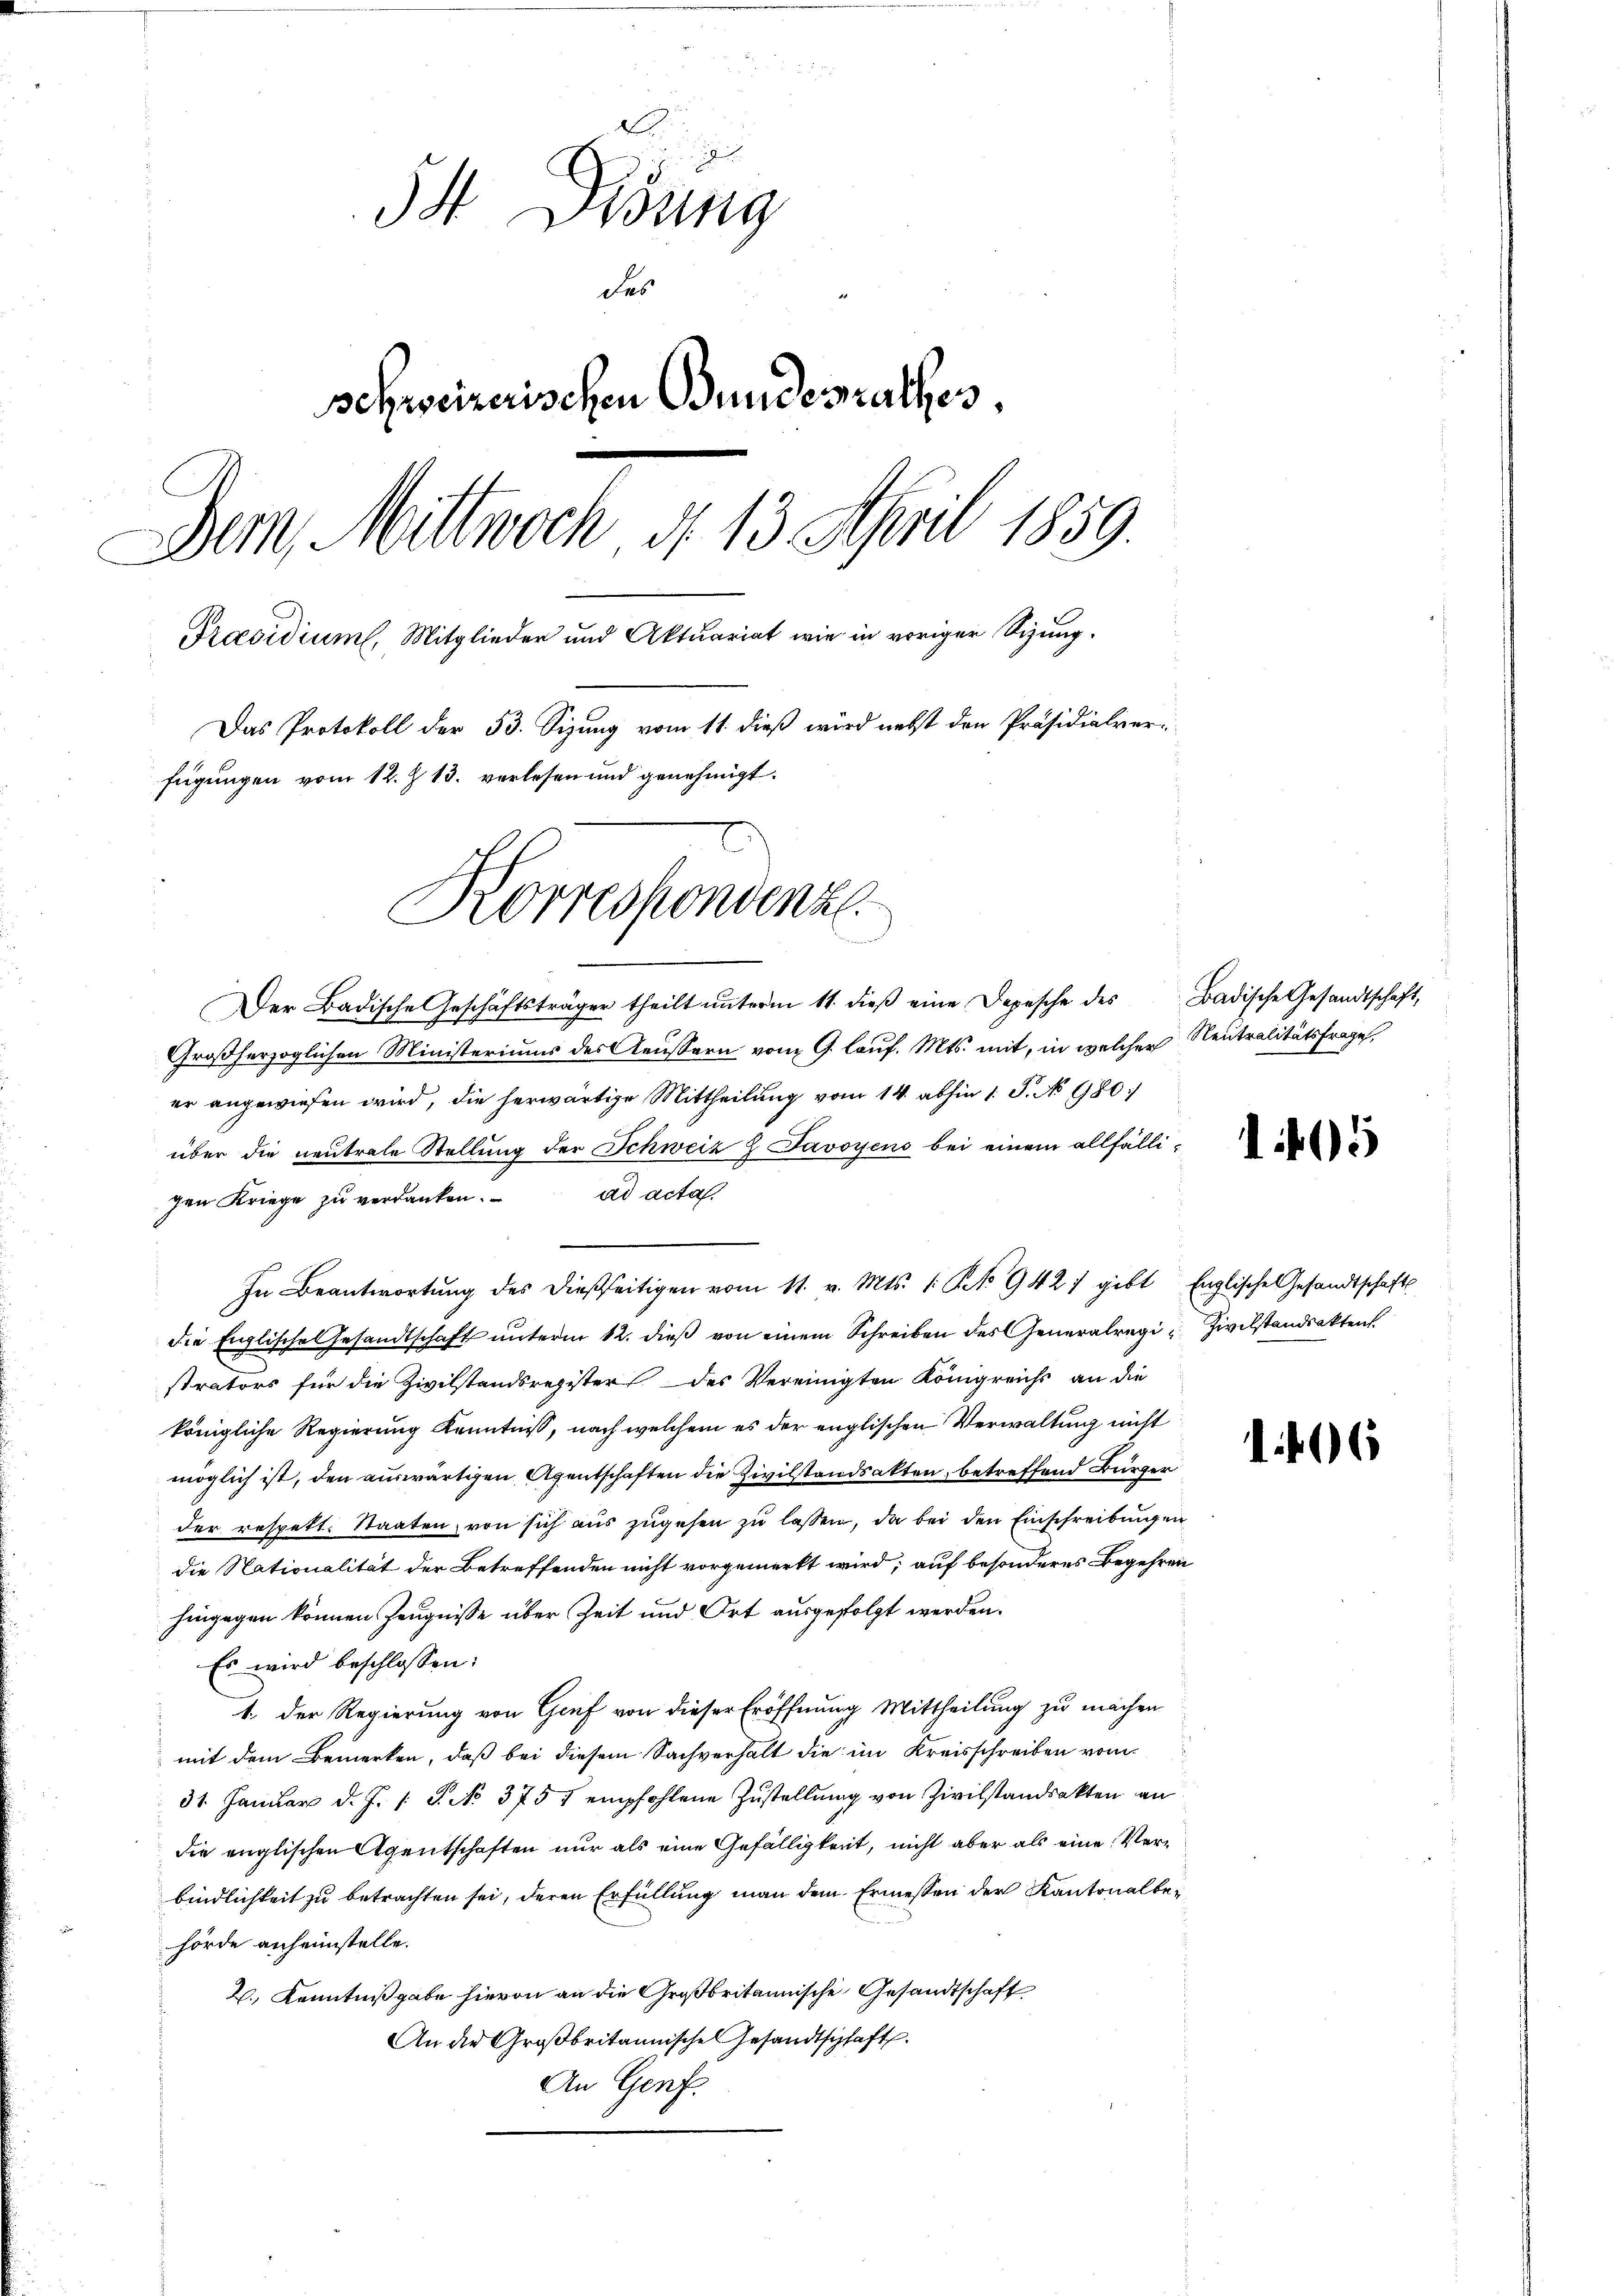
d
34 Visung
des
schweizerischen Bundesrathes.
Dem Mittwoch d. 13. April 1859.
Präsidium, Mitglieder und Aktuariat wie in voriger Sizung.
Das Protokoll der 53. Sizung vom 11. dieß wird nebst den Präsidialver-
fügungen vom 12. Z. 13. vorlesen und genehmigt.
Korrespondenz

Der Badische Geschäftsträger theilt ŭnterm 11. dieβ eine Depesche des Badische Gesandtschaft,
Großherzoglichen Ministeriums des Aeussern vom 9. lauf. Mts. mit, in welcher Neutralitätsfrage,
er angewiesen wird, die herwärtige Mittheilung vom 14. abhin 1 S. No 980/
über die neutrale Stellung der Schweiz Z Javoyens bei einem allfälliad acta.
gen Kriege zu verdanken.
In Beantwortung des dießseitigen vom 11. v. Mts. 1. Kt. 9427 gibt Englische Gesandtschafts
die Englische Gesandtschaft ŭnterm 12. dieβ von einem Schreiben des Generalregi- Zivilstandsakten.
strators für die Zivilstandsregister des Vereinigten Königreichs an die
königliche Regierung Kenntniß, nach welchem es der englischen Verwaltung nicht
möglich ist, den auswärtigen Agentschaften die Zivilstandsakten, betreffend Bürger
der respekt. Staaten, von sich aŭs zŭgehen zŭ lassen, da bei den Einschreibungen
die Nationalität der Betreffenden nicht vorgemerkt wird; auf besonderes Begehren
hingegen können Zeugnisse über Zeit und Ort ausgefolgt werden.
Es wird beschlossen:
1. Der Regierung von Genf von dieser Eröffnung Mittheilung zu machen
mit dem Bemerken, daß bei diesem Sachverhalt die im Kreisschreiben vom
31. Januar d. J. 1. S. No. 375 s empfohlene Zustellung von Zivilstandsakten an
die englischen Agentschaften nur als eine Gefälligkeit, nicht aber als eine Verbindlichkeit zu betrachten sei, deren Erfüllung man dem Ermessen der Kantonalbehörde anheimstelle.
2., Kenntnißgabe hievon an die Großbritannische Gesandtschaft
An die Großbritannische Gesandtschaft
An Genf.

1405

106